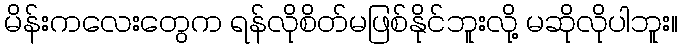
မိန်းကလေးတွေက ရန်လိုစိတ်မဖြစ်နိုင်ဘူးလို့ မဆိုလိုပါဘူး။